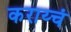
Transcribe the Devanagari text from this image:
कराय्चं